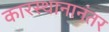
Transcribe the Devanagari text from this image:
कारस्थानानंतर